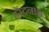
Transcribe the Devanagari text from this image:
हरेंदनाथ